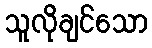
သူလိုချင်သော